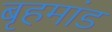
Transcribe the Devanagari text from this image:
बृहमांड